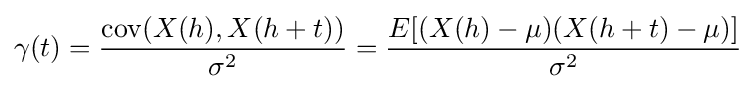
\gamma (t)={\mathrm {cov} (X(h),X(h+t)) \over \sigma ^{2}}={E[(X(h)-\mu )(X(h+t)-\mu )] \over \sigma ^{2}}